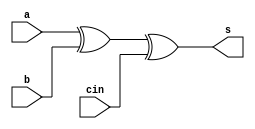
module full_adder_withoutC (input a, input b, input cin, output s);
    xor(s, a, b, cin);
endmodule